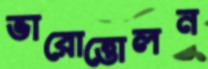
ভারোত্তোলন